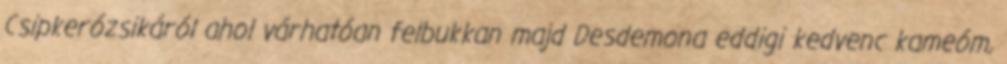
Csipkerózsikáról ahol várhatóan felbukkan majd Desdemona eddigi kedvenc kameóm,